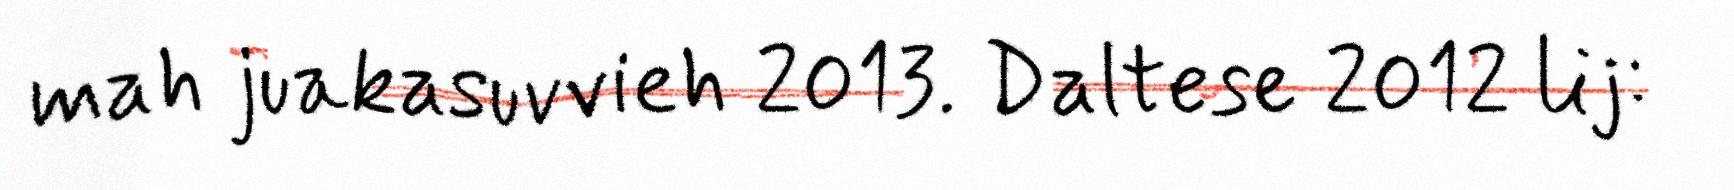
mah juakasuvvieh 2013. Daltese 2012 lij: